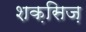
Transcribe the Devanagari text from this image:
शक़सिज़